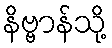
နိဗ္ဗာန်သို့